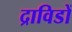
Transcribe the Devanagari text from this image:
द्राविडों